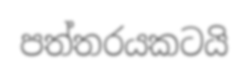
පත්තරයකටයි